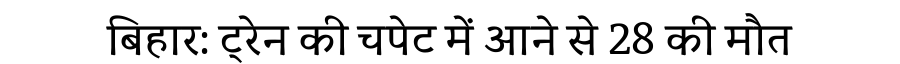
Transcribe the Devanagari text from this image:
बिहार: ट्रेन की चपेट में आने से 28 की मौत